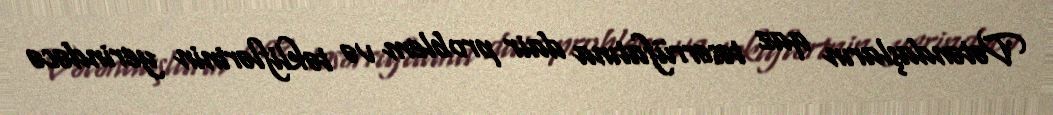
Vətəndaşların qaz təsərrüfatına dair problem və təkliflərinin yerindəcə